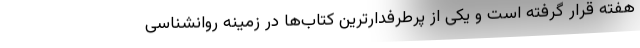
هفته قرار گرفته است و یکی از پرطرفدارترین کتاب‌ها در زمینه روانشناسی